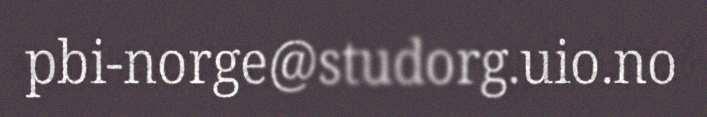
pbi-norge@studorg.uio.no